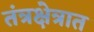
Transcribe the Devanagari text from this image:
तंत्रक्षेत्रात